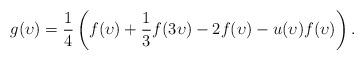
LaTeX: \begin{align*}g(\upsilon) = \frac 14\left( f(\upsilon) + \frac 13 f(3\upsilon) - 2f(\upsilon) - u(\upsilon)f(\upsilon)\right).\end{align*}